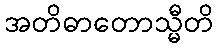
အတိဓာတောသ္မီတိ